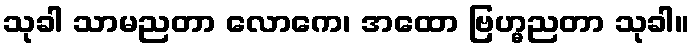
သုခါ သာမညတာ လောကေ၊ အထော ဗြဟ္မညတာ သုခါ။